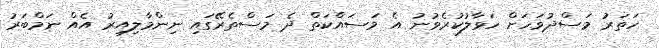
ހަތަރު މަސްދުވަހަށް ހަވާލުކުރެވުނު އެ މަސައްކަތް ދެ މަސްތެރޭގައި ނިންމާލިއިރު އެއް ނަމްބަރު